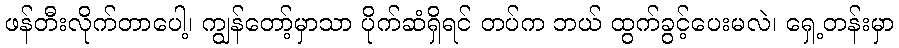
ဖန်တီးလိုက်တာပေါ့၊ ကျွန်တော့်မှာသာ ပိုက်ဆံရှိရင် တပ်က ဘယ် ထွက်ခွင့်ပေးမလဲ၊ ရှေ့တန်းမှာ